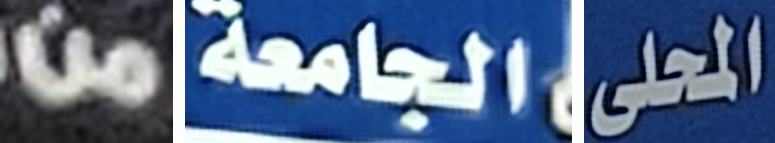
من الجامعة المحلى